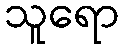
သူရော